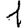
Digit: 1